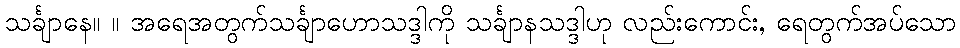
သင်္ချာနေ။ ။ အရေအတွက်သင်္ချာဟောသဒ္ဒါကို သင်္ချာနသဒ္ဒါဟု လည်းကောင်း, ရေတွက်အပ်သော